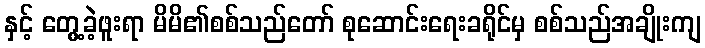
နှင့် တွေ့ခဲ့ဖူးရာ မိမိ၏စစ်သည်တော် စုဆောင်းရေးခရိုင်မှ စစ်သည်အချိုးကျ